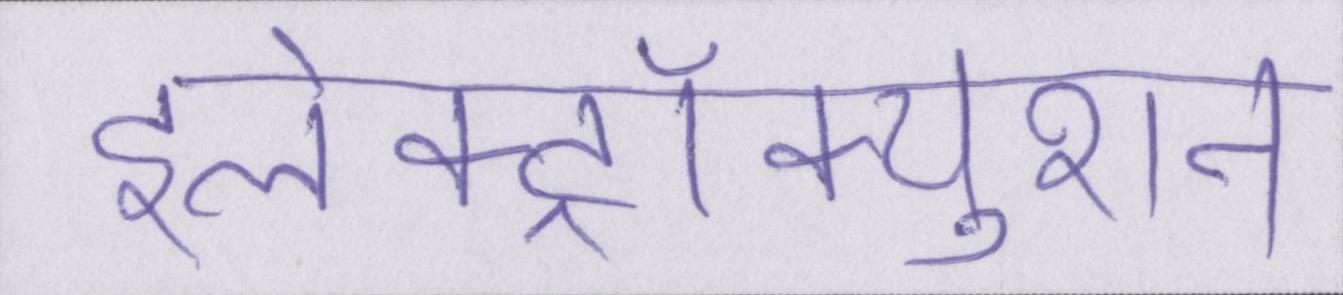
इलेक्ट्रॉक्युशन